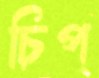
চিপ্‌